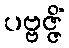
ပဗ္ဗဇ္ဇိံ